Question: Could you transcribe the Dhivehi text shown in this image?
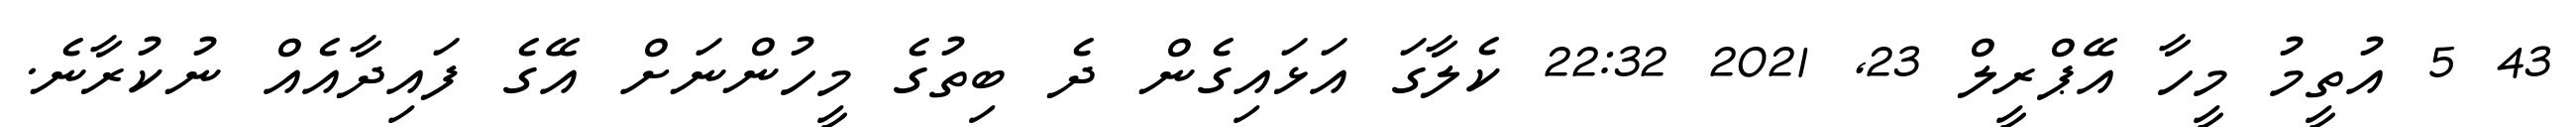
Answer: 43 5 އުތީމު މީހާ އޭޕްރީލް 23, 2021 22:32 ކެލާގަ އަޅައިގެން ދެ ބިތުގެ މީހުންނަށް އޭގެ ފައިދާއެއް ނުކުރާނެ.